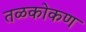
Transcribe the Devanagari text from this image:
तळकोकण